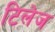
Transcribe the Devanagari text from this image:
टिलेज